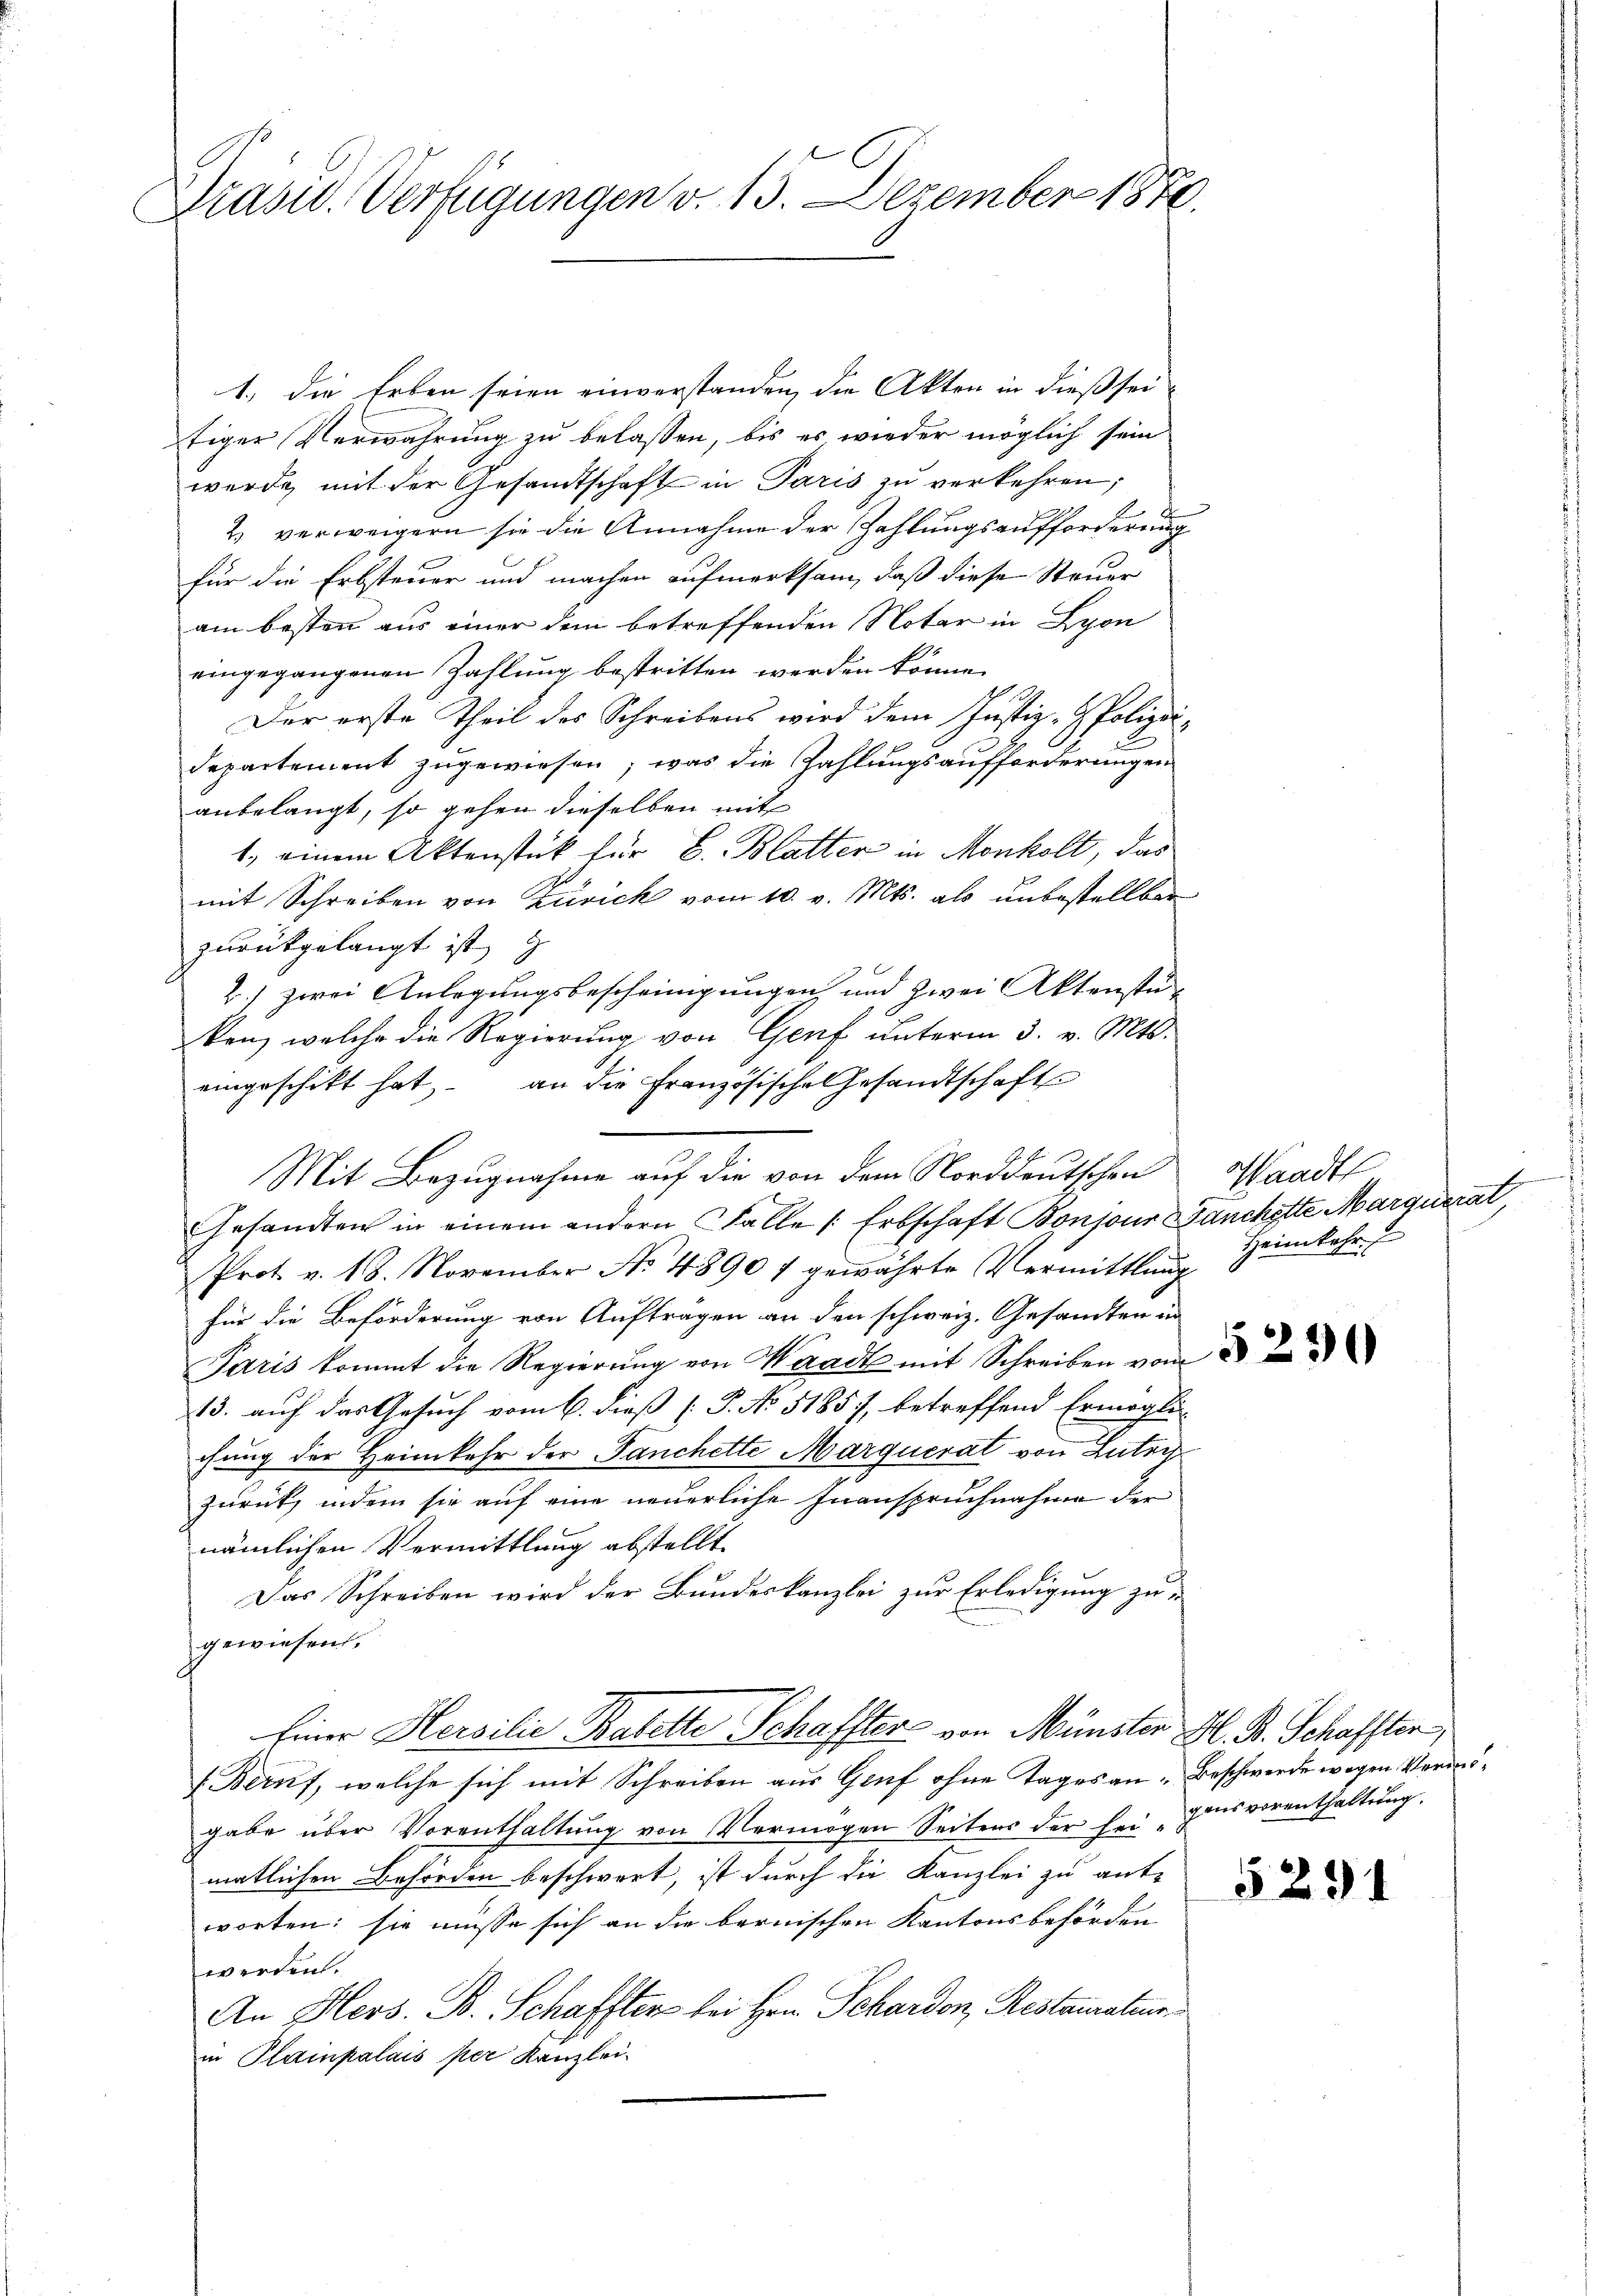
Brasid. Verfügungen v. 13. Dezember 1870.

1. die Erben seien einverstanden, die Akten in dieß sei-
tiger Verwahrung zu belassen, bis es wieder möglich sein
werde, mit der Gesandtschaft in Paris zu verkehren;
t
2. verweigern sie die Annahme der Zahlungsaufforderung
für die Erbsteuer und machen aufmerksam, daß diese Steuer
am besten aus einer dem betreffenden Notar in Lyon
eingegangenen Zahlung bestritten werden könne.
d
Der erste Theil des Schreibens wird dem Justiz - Polizeidepartement zugewiesen; was die Zahlungsaufforderungen
anbelangt, so gehen dieselben mit
1. einem Aktenstück für B. Blatten in Monkelt, das
mit Schreiben von Zürich vom 10. v. Mts. als unbestellbar
zurückgelangt ist,
2.) zwei Anlegungsbescheinigungen und zwei Aktenstu-
ken, welche die Regierung von Genf unterm 3. v. Mts.
eingeschikt hat, an die Französische Gesandtschaft
Mit Bezugnahme auf die von dem Norddeutschen
Gesandten in einem andern Fälle Erbschaft Bonjour anchette Marquerat,
Prot. v. 18. November No. 48907 gewährte Vermittlung Heimkehr.
für die Beförderung von Aufträgen an den schweiz. Gesandten in
Paris kommt die Regierŭng von Waadt mit Schreiben vom 8. d
13. auf das Gesuch vom 6. dieß (P. No 51857, betreffend Ermögli
chung der Heimkehr der Fanchette Marquerat von Lutri
zurück, indem sie auf eine neuerliche Inanspruchnahme der
nämlichen Vermittlung abstellt.
Das Schreiben wird der Bundeskanzlei zur Erledigung zugewiesen.
Einer Hersilie Balette Schaffter von Münster H. B. Schaffter,
(Bern, welche sich mit Schreiben aus Genf ohne Tages an Beschwerde wegen Vermögabe über Vorenthaltung von Vermögen Seitens der sei Zinsverenthaltung.
matlichen Behörden beschwert, ist durch die Kanzlei zu ant-
worten: sie müsse sich an die bernischen Kantonsbehörden
werden.
An Hers. B. Schaffter bei Hrn. Schardon, Restairatur
in Plainpalais per Kanzlei-

Waadt

5291